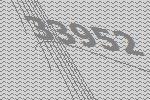
33952